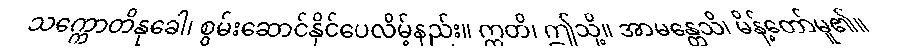
သက္ကောတိနုခေါ၊ စွမ်းဆောင်နိုင်ပေလိမ့်နည်း။ ဣတိ၊ ဤသို့။ အာမန္တေသိ၊ မိန့်တော်မူ၏။